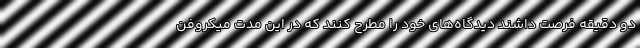
دو دقیقه فرصت داشند دیدگاه‌های خود را مطرح کنند که در این مدت میکروفن